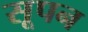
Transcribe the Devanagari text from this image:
सूपन